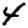
Digit: 4